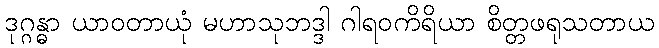
ဒုဂ္ဂန္ဓာ ယာဝတာယုံ မဟာသုဘဒ္ဒါ ဂါရဝကိရိယာ စိတ္တဖရုသတာယ